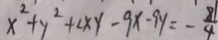
x ^ { 2 } + y ^ { 2 } + 2 x y - 9 x - 9 y = - \frac { 8 1 } { 4 }